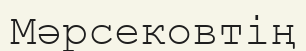
Мәрсековтің